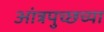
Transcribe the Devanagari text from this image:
आंत्रपुच्छच्या